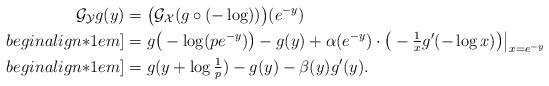
LaTeX: \begin{align*} \mathcal G_{\mathcal Y}g(y) &= \big(\mathcal G_{\mathcal X}(g\circ(-\log))\big)(e^{-y})\\begin{align*}1em] &= g\big(-\log(pe^{-y})\big) - g(y) + \alpha(e^{-y})\cdot\big(-\tfrac1xg'(-\log x)\big)\big|_{x=e^{-y}}\\begin{align*}1em] &= g(y+\log\tfrac1p) - g(y) - \beta(y)g'(y). \end{align*}